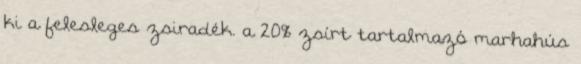
ki a felesleges zsiradék. a 20% zsírt tartalmazó marhahús